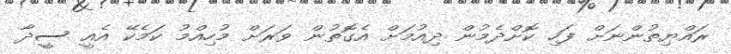
ރައްޔިތުންނަށް ފަހި ކޮށްދެމުން ދިއުމަށް އެގޮތުން ވަރަށް މުހިއްމު ކަމެކޭ އެއީ ސީދާ